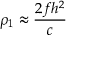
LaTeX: \rho _ { 1 } \approx { \frac { 2 f h ^ { 2 } } { c } }